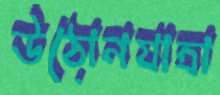
উঠোনযাত্রা